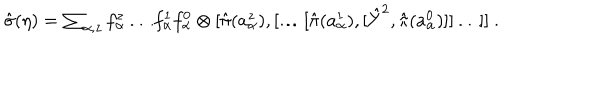
\textstyle \hat { \sigma } ( \eta ) = \sum _ { \alpha , z } f _ { \alpha } ^ { z } \dots f _ { \alpha } ^ { 1 } f _ { \alpha } ^ { 0 } \otimes [ \hat { \pi } ( a _ { \alpha } ^ { z } ) , [ \dots [ \hat { \pi } ( a _ { \alpha } ^ { 1 } ) , [ \hat { Y } ^ { 2 } , \hat { \pi } ( a _ { \alpha } ^ { 0 } ) ] ] \dots ] ] ~ .